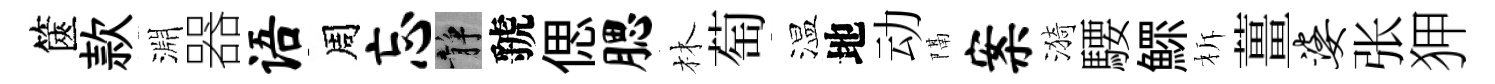
篋款淵器语周忘静虢偲腮林萄温地动隔案漪騕鰥柝薑婆张狎